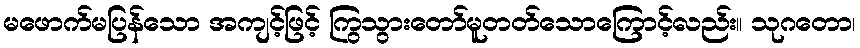
မဖောက်မပြန်သော အကျင့်ဖြင့် ကြွသွားတော်မူတတ်သောကြောင့်လည်း။ သုဂတော၊